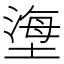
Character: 塰